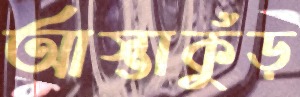
আস্তাকুঁড়